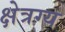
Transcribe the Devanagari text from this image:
क्षेत्रग्य